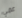
عمي